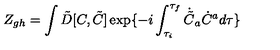
Z _ { g h } = \int \tilde { D } [ C , \tilde { C } ] \exp \{ - i \int _ { \tau _ { i } } ^ { \tau _ { f } } { } \dot { \tilde { C } } _ { a } \dot { C } ^ { a } { } d \tau \}